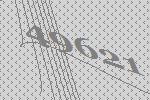
49621